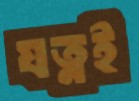
যত্নই